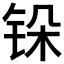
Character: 𬭆